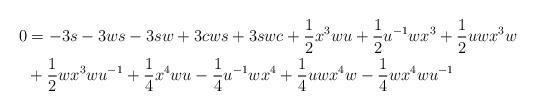
LaTeX: \begin{align*}0 & = - 3 s - 3ws - 3sw + 3cws + 3 swc + \frac{1}{2} x^3 wu + \frac{1}{2} u^{-1}wx^3 + \frac{1}{2} uwx^3w\\& + \frac{1}{2} wx^3wu^{-1} + \frac{1}{4} x^4wu - \frac{1}{4}u^{-1}wx^4 + \frac{1}{4} uwx^4w - \frac{1}{4} wx^4wu^{-1}\end{align*}